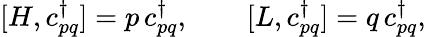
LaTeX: [H,c_{pq}^{\dagger}]=p\, c_{pq}^{\dagger},\qquad[L,c_{pq}^{\dagger}]=q\, c_{pq}^{\dagger},